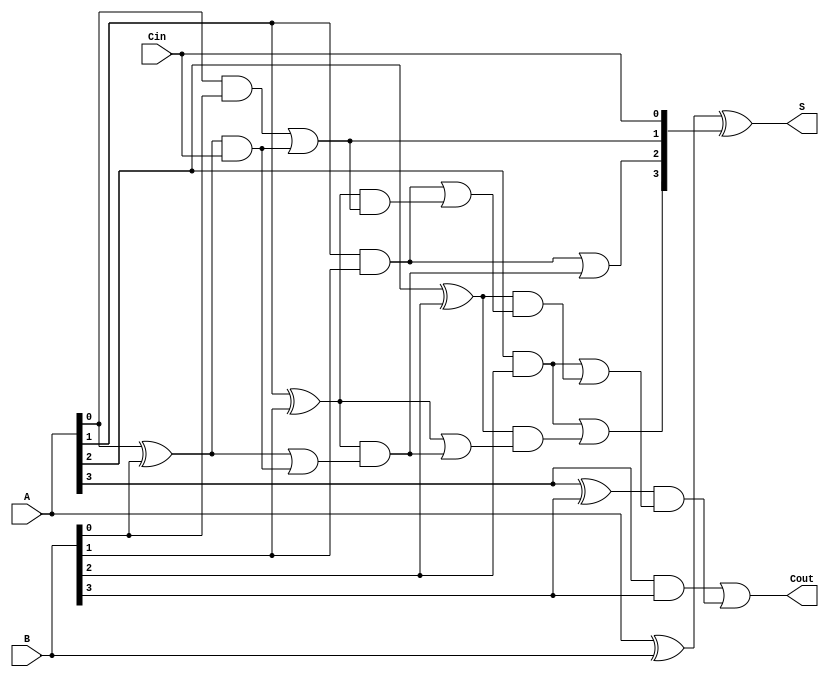
`timescale 1ns / 1ps
//////////////////////////////////////////////////////////////////////////////////
// Company: 
// Engineer: 
// 
// Design Name: 
// Module Name: CarryLookAheadAdder
// Project Name: 
// Target Devices: 
// Tool Versions: 
// Description: 
// 
// Dependencies: 
// 
// Revision:
// Revision 0.01 - File Created
// Additional Comments:
// 
//////////////////////////////////////////////////////////////////////////////////


module CarryLookAheadAdder(
input [3:0]A, B,
input Cin,
output [3:0] S,
output Cout
);
wire [3:0] Ci;
assign Ci[0] = Cin;
assign Ci[1] = (A[0] & B[0]) | ((A[0]^B[0]) & Ci[0]);
assign Ci[2] = (A[1] & B[1]) | ((A[1]^B[1]) & ((A[0]^B[0]) | ((A[0]^B[0]) & Ci[0])));
assign Ci[3] = (A[2] & B[2]) | ((A[2]^B[2]) & ((A[1]^B[1]) | ((A[1]^B[1]) & ((A[0]^B[0]) | ((A[0]^B[0]) & Ci[0])))));
assign Cout =  (A[3] & B[3]) | ((A[3]^B[3]) & ((A[2] & B[2]) | ((A[2]^B[2]) & ((A[1] & B[1]) | ((A[1]^B[1]) & ((A[0] & B[0]) | ((A[0]^B[0]) & Ci[0])))))));
assign S = A^B^Ci;
endmodule